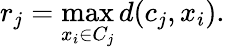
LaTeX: r_{j}=\operatorname*{max}_{x_{i}\in C_{j}}d(c_{j},x_{i}).